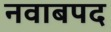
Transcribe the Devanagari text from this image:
नवाबपद